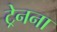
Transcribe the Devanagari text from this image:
ट्रेनना